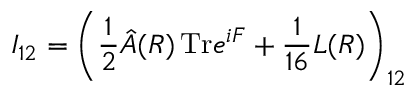
I _ { 1 2 } = \left( { \frac { 1 } { 2 } } \hat { A } ( R ) \, \mathrm { T r } e ^ { i F } + { \frac { 1 } { 1 6 } } L ( R ) \right) _ { 1 2 }